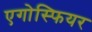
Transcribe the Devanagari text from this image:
एगोस्फियर